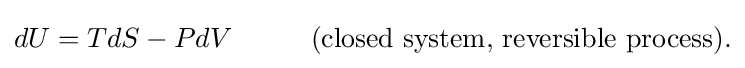
dU=TdS-PdV\,\,\,\,\,\,\,\,\,\,\,\,\,\,\,\,\,{\text{(closed system, reversible process).}}